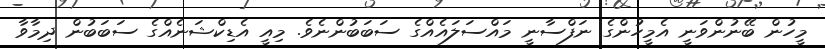
މީހުން ބޭނުންވަނީ އެމީހުންގެ ނަފްސާނީ މައްސަލައެއްގެ ސަބަބުންނެވެ. މިއީ އެޑިކްޝަނެއްގެ ސަބަބުން ދިމާވާ